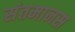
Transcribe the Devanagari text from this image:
संतमानस